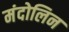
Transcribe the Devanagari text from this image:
मंदोलिन